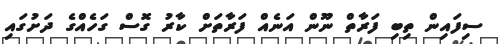
ސިފައިން ތިބި ފަރާތް ނޫން އަނެއް ފަރާތަށް ކާރު ގޮސް ގަހެއްގެ ދަށުގައި